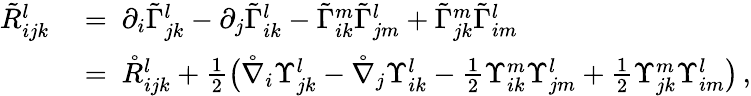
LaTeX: \begin{array}{rl}{\tilde{R}_{ijk}^{l}\ }&{=\ \partial_{i}\tilde{\Gamma}_{jk}^{l}-\partial_{j}\tilde{\Gamma}_{ik}^{l}-\tilde{\Gamma}_{ik}^{m}\tilde{\Gamma}_{jm}^{l}+\tilde{\Gamma}_{jk}^{m}\tilde{\Gamma}_{im}^{l}}\\ &{=\ \mathring{R}_{ijk}^{l}+\frac 12\big(\mathring{\nabla}_{i}\Upsilon_{jk}^{l}-\mathring{\nabla}_{j}\Upsilon_{ik}^{l}-\frac 12\Upsilon_{ik}^{m}\Upsilon_{jm}^{l}+\frac 12\Upsilon_{jk}^{m}\Upsilon_{im}^{l}\big)\, ,}\end{array}